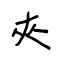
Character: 夾